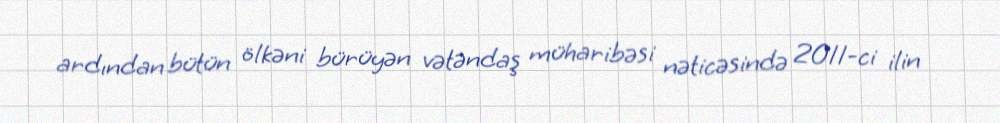
ardından bütün ölkəni bürüyən vətəndaş müharibəsi nəticəsində 2011-ci ilin